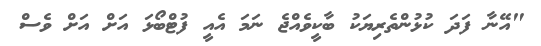
"އޭނާ ފަދަ ކުޅުންތެރިޔަކު ބާކީވެއްޖެ ނަމަ އެއީ ފުޓްބޯޅަ އަށް އަށް ވެސް